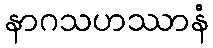
နာဂသဟဿာနံ